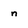
Character: n